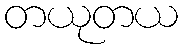
တယုတယ